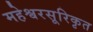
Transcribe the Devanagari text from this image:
महेश्वरसूरिकृत